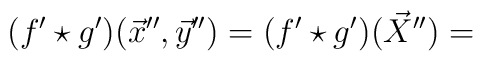
(f'\star g')(\vec{x}'',\vec{y}'')=(f'\star g')(\vec{X}'')=